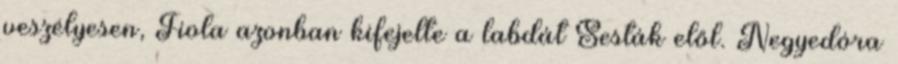
veszélyesen, Fiola azonban kifejelte a labdát Sesták elől. Negyedóra